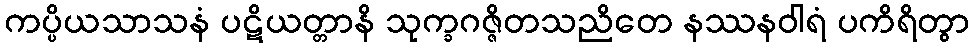
ကပ္ပိယသာသနံ ပဋိယတ္တာနိ သုက္ခဂဇ္ဇိတသညိတေ နဿနဝါရံ ပကိရိတွာ